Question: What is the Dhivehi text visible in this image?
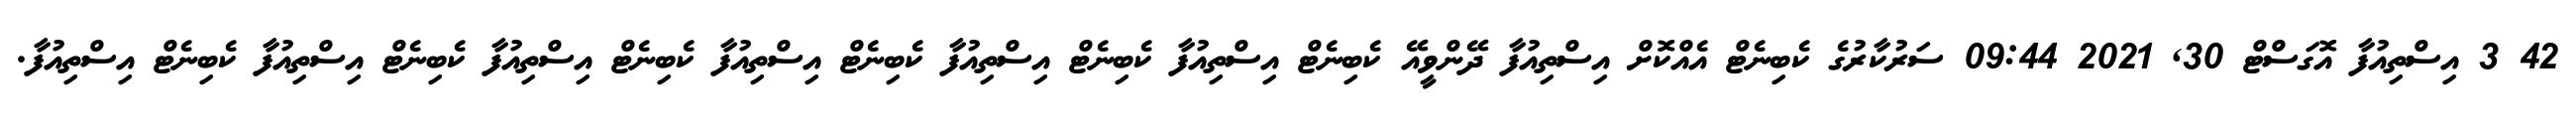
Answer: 42 3 އިސްތިއުފާ އޮގަސްޓް 30, 2021 09:44 ސަރުކާރުގެ ކެބިނެޓް އެއްކޮށް އިސްތިއުފާ ދޭންވީއޭ ކެބިނެޓް އިސްތިއުފާ ކެބިނެޓް އިސްތިއުފާ ކެބިނެޓް އިސްތިއުފާ ކެބިނެޓް އިސްތިއުފާ ކެބިނެޓް އިސްތިއުފާ ކެބިނެޓް އިސްތިއުފާ.